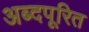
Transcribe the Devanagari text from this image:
अब्दपूरित